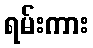
ရမ်းကား